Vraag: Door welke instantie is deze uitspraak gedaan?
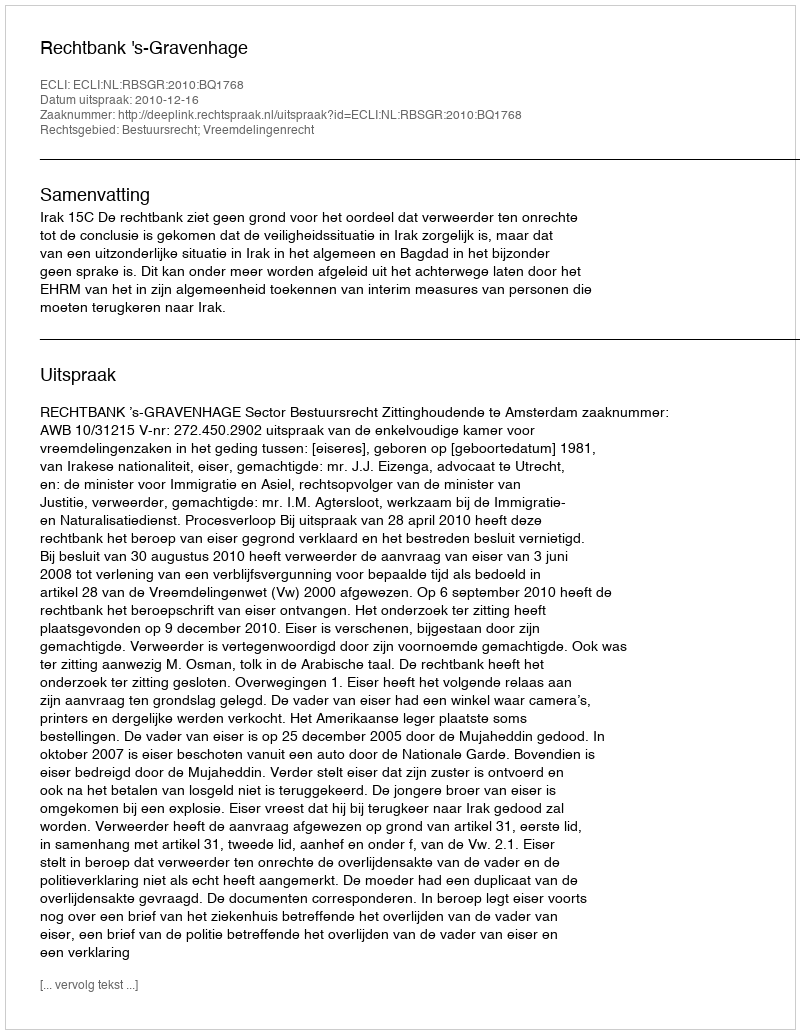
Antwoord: Rechtbank 's-Gravenhage